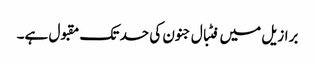
برازیل میں فٹبال جنون کی حد تک مقبول ہے۔